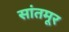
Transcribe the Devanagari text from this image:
सांतमूर